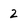
Character: 2